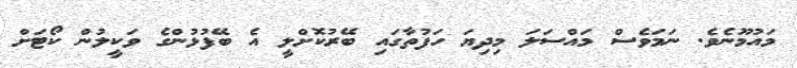
މައުމޫނެވެ. ނަމަވެސް މައްސަލަ މިދިޔަ ހަފުތާގައި ބޭރުކޮށްލީ އެ ބޭފުޅުންގެ ވަކީލުން ކޯޓަށް